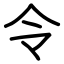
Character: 令